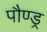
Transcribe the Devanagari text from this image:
पौण्ड्र